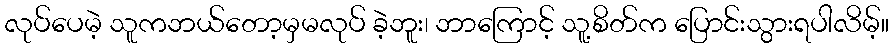
လုပ်ပေမဲ့ သူကဘယ်တော့မှမလုပ် ခဲ့ဘူး၊ ဘာကြောင့် သူ့စိတ်က ပြောင်းသွားရပါလိမ့်။